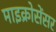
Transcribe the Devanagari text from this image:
माइक्रोसेंसर